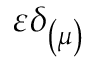
\varepsilon \delta _ { \left( \mu \right) }